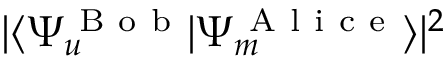
| \langle { \Psi _ { u } ^ { \mathrm { ~ B ~ o ~ b ~ } } } | { \Psi _ { m } ^ { \mathrm { ~ A ~ l ~ i ~ c ~ e ~ } } } \rangle | ^ { 2 }